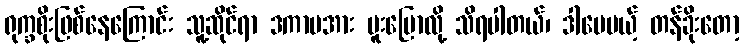
ရုက္ခစိုးဖြစ်နေကြောင်း သူ့ဆိုင်ရာ ဒကာမအား ပူးပြောလို့ သိရပါတယ်၊ ဒါပေမယ့် တန်ခိုးတော့